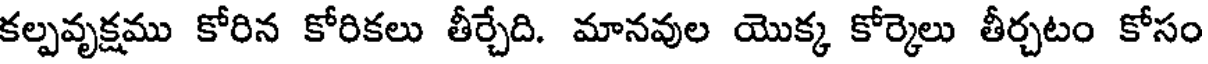
కల్పవృక్షము కోరిన కోరికలు తీర్చేది. మానవుల యొక్క కోర్కెలు తీర్చటం కోసం